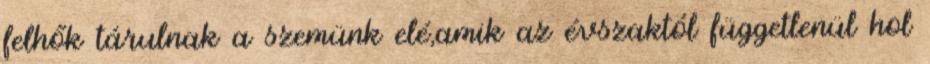
felhők tárulnak a szemünk elé,amik az évszaktól függetlenül hol